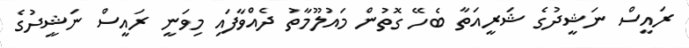
ރައީސް ނަޝީދުގެ ޝަރީއަތާ ބެހޭ ގޮތުން މައުލޫމާތު ދެއްވާފައި މިވަނީ ރައީސް ނަޝީދުގެ